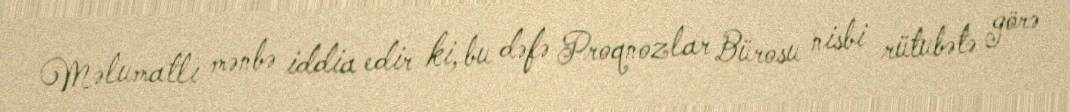
Məlumatlı mənbə iddia edir ki, bu dəfə Proqnozlar Bürosu nisbi rütubətə görə